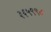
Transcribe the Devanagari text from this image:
३६५९९८